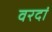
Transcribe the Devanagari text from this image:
वरदां